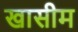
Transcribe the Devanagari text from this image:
खासीम